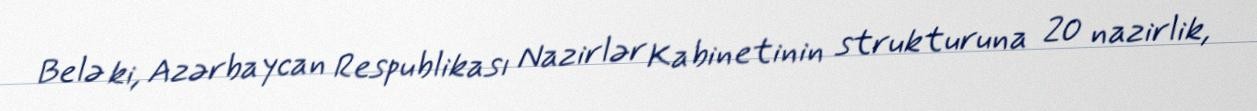
Belə ki, Azərbaycan Respublikası Nazirlər Kabinetinin strukturuna 20 nazirlik,